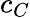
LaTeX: c_{C}